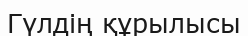
Гүлдің құрылысы